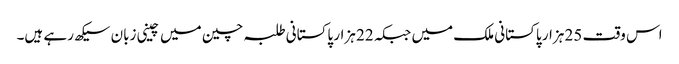
اس وقت 25 ہزار پاکستانی ملک میں جبکہ 22 ہزار پاکستانی طلبہ چین میں چینی زبان سیکھ رہے ہیں۔